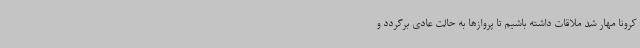
کرونا مهار شد ملاقات داشته باشیم تا پروازها به حالت عادی برگردد و